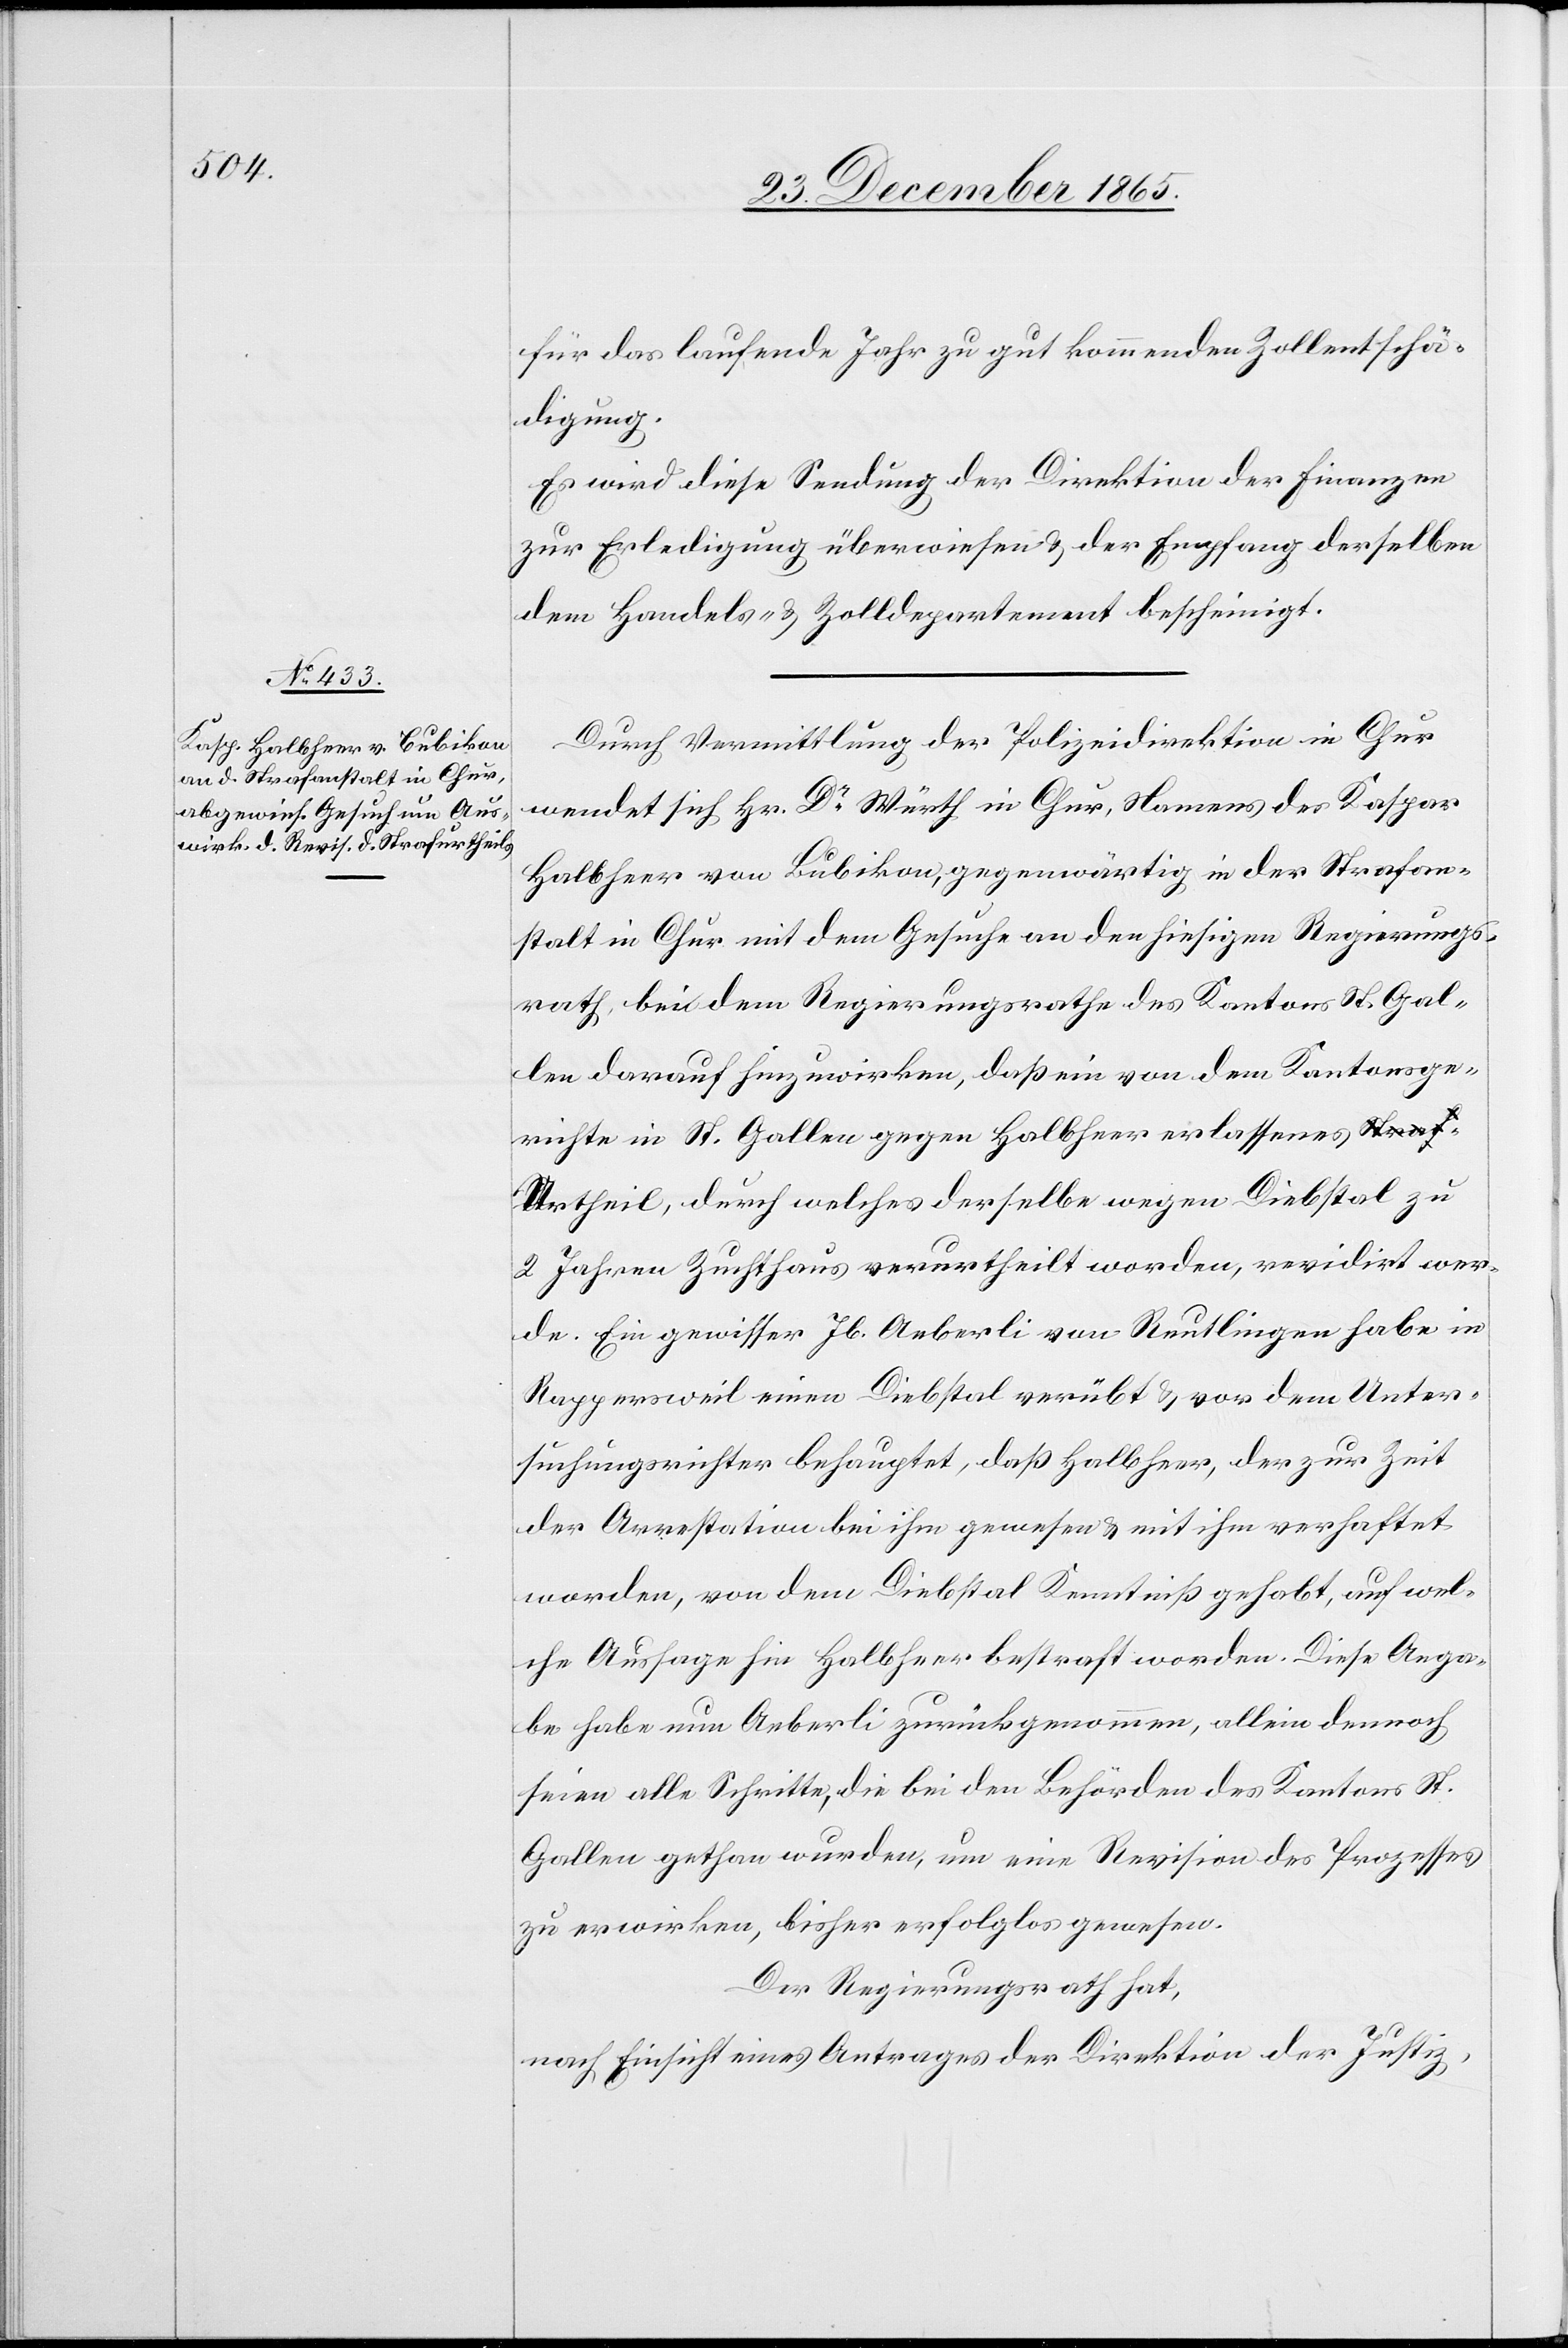
für das laufende Jahr zu gut kommenden Zollentschä¬
digung.
Es wird diese Sendung der Direktion der Finanzen
zur Erledigung überwiesen & der Empfang derselben
dem Handels- & Zolldepartement bescheinigt.
Durch Vermittlung der Polizeidirektion in Chur
wendet sich Hr. Dr Würth in Chur, Namens des Kaspar
Halbheer von Bubikon, gegenwärtig in der Strafan¬
stalt in Chur mit dem Gesuche an den hiesigen Regierungs¬
rath, bei dem Regierungsrathe des Kantons St. Gal¬
len darauf einzuwirken, daß ein von dem Kantonsge¬
richte in St. Gallen gegen Halbheer erlassenes a-Straf--a
Urtheil, durch welches derselbe wegen Diebstal zu
2 Jahren Zuchthaus verurtheilt worden, revidiert wer¬
de. Ein gewisser Jb. Aeberli von Reutlingen habe in
Rappersweil einen Diebstal verübt & vor dem Unter¬
suchungsgerichte behauptet, daß Halbheer, der zur Zeit
der Arrestation bei ihm gewesen & mit ihm verhaftet
worden, von dem Diebstal Kenntniß gehabt, auf wel¬
che Aussage hin Halbheer bestraft worden. Diese Anga¬
be habe nun Aeberli zurückgenommen, allein dennoch
seien alle Schritte, die bei den Behörden des Kanton St.
Gallen gethan worden, um eine Revision des Prozesses
zu erwirken, bisher erfolglos gewesen.
Der Regierungsrath hat,
nach Einsicht eines Antrages der Direktion der Justiz,